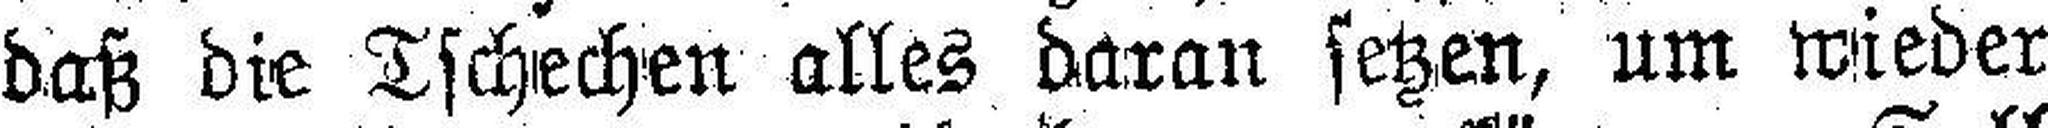
daß die Tschechen alles daran setzen, um wieder